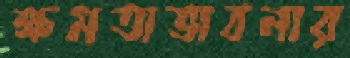
ক্ষমতাভাবনার